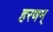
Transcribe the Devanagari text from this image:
हरणम्